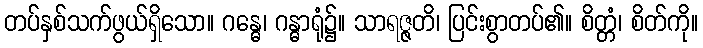
တပ်နှစ်သက်ဖွယ်ရှိသော။ ဂန္ဓေ၊ ဂန္ဓာရုံ၌။ သာရဇ္ဇတိ၊ ပြင်းစွာတပ်၏။ စိတ္တံ၊ စိတ်ကို။